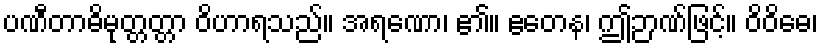
ပဏီတာဓိမုတ္တတ္တာ ဝိဟာရသည်။ အရဏော၊ ၏။ ဧတေန၊ ဤဉာဏ်ဖြင့်။ ဝိဝိဓေ၊